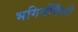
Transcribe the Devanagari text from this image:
भगिनींपैकी